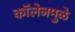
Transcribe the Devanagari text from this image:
कॉलेजमुळे